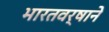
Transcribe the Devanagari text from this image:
भारतवर्षाने